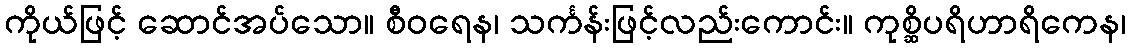
ကိုယ်ဖြင့် ဆောင်အပ်သော။ စီဝရေန၊ သင်္ကန်းဖြင့်လည်းကောင်း။ ကုစ္ဆိပရိဟာရိကေန၊